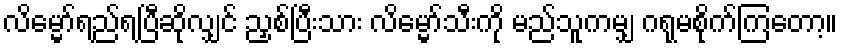
လိမ္မော်ရည်ရပြီဆိုလျှင် ညှစ်ပြီးသား လိမ္မော်သီးကို မည်သူကမျှ ဂရုမစိုက်ကြတော့။